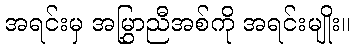
အရင်းမှ အမြွှာညီအစ်ကို အရင်းမျိုး။